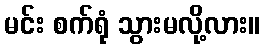
မင်း စက်ရုံ သွားမလို့လား။